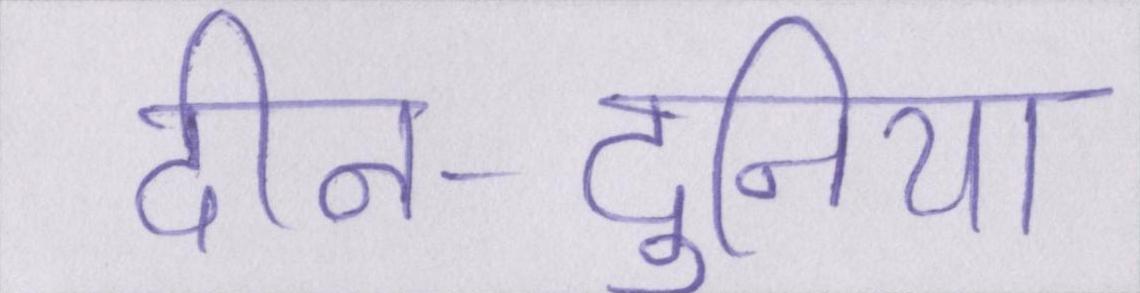
दीन-दुनिया